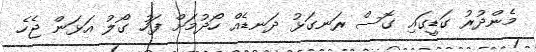
މެންދުރު ގަޑީގައި ގޮސް ރަނގަޅު ދަނޑެއް ހޯދުމަށް ފަހު ގޯލު އަޅަން ޖެހެ